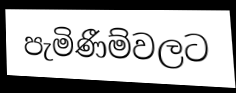
පැමිණීම්වලට